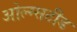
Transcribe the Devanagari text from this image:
ओल्म्सटीड